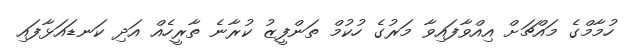
ހުމާމްގެ މައްޗަށް އިއްވާފައިވާ މަރުގެ ހުކުމް ތަންފީޒު ކުރާނެ ތާރީހެއް އަދި ކަނޑައަޅާފައި